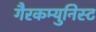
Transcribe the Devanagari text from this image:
गैरकम्युनिस्ट